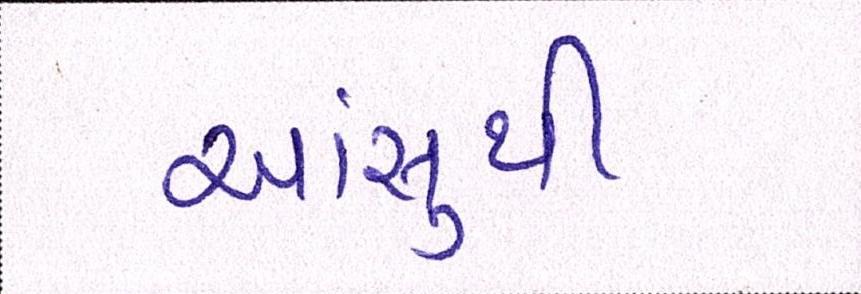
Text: આંસુથી